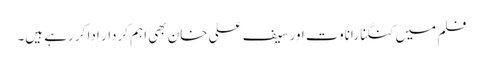
فلم میں کنگنا راناوت اور سیف علی خان بھی اہم کردار ادا کر رہے ہیں۔